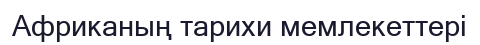
Африканың тарихи мемлекеттері